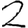
Digit: 2